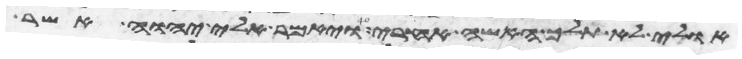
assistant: אולי לא תלך האשה אחרי ויאמר אלי יהוה אשר